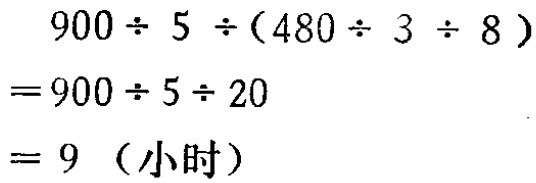
\[
\begin{align*}
&900\div5\div(480\div3\div8)\\
=&900\div5\div20\\
=&9 \text{（小时）}
\end{align*}
\]